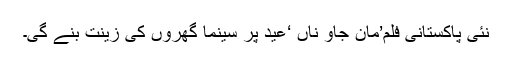
نئی پاکستانی فلم’مان جاؤ ناں ‘عید پر سینما گھروں کی زینت بنے گی۔